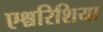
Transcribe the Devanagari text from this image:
एश्चरिशिया